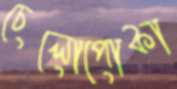
চেলোপোকা